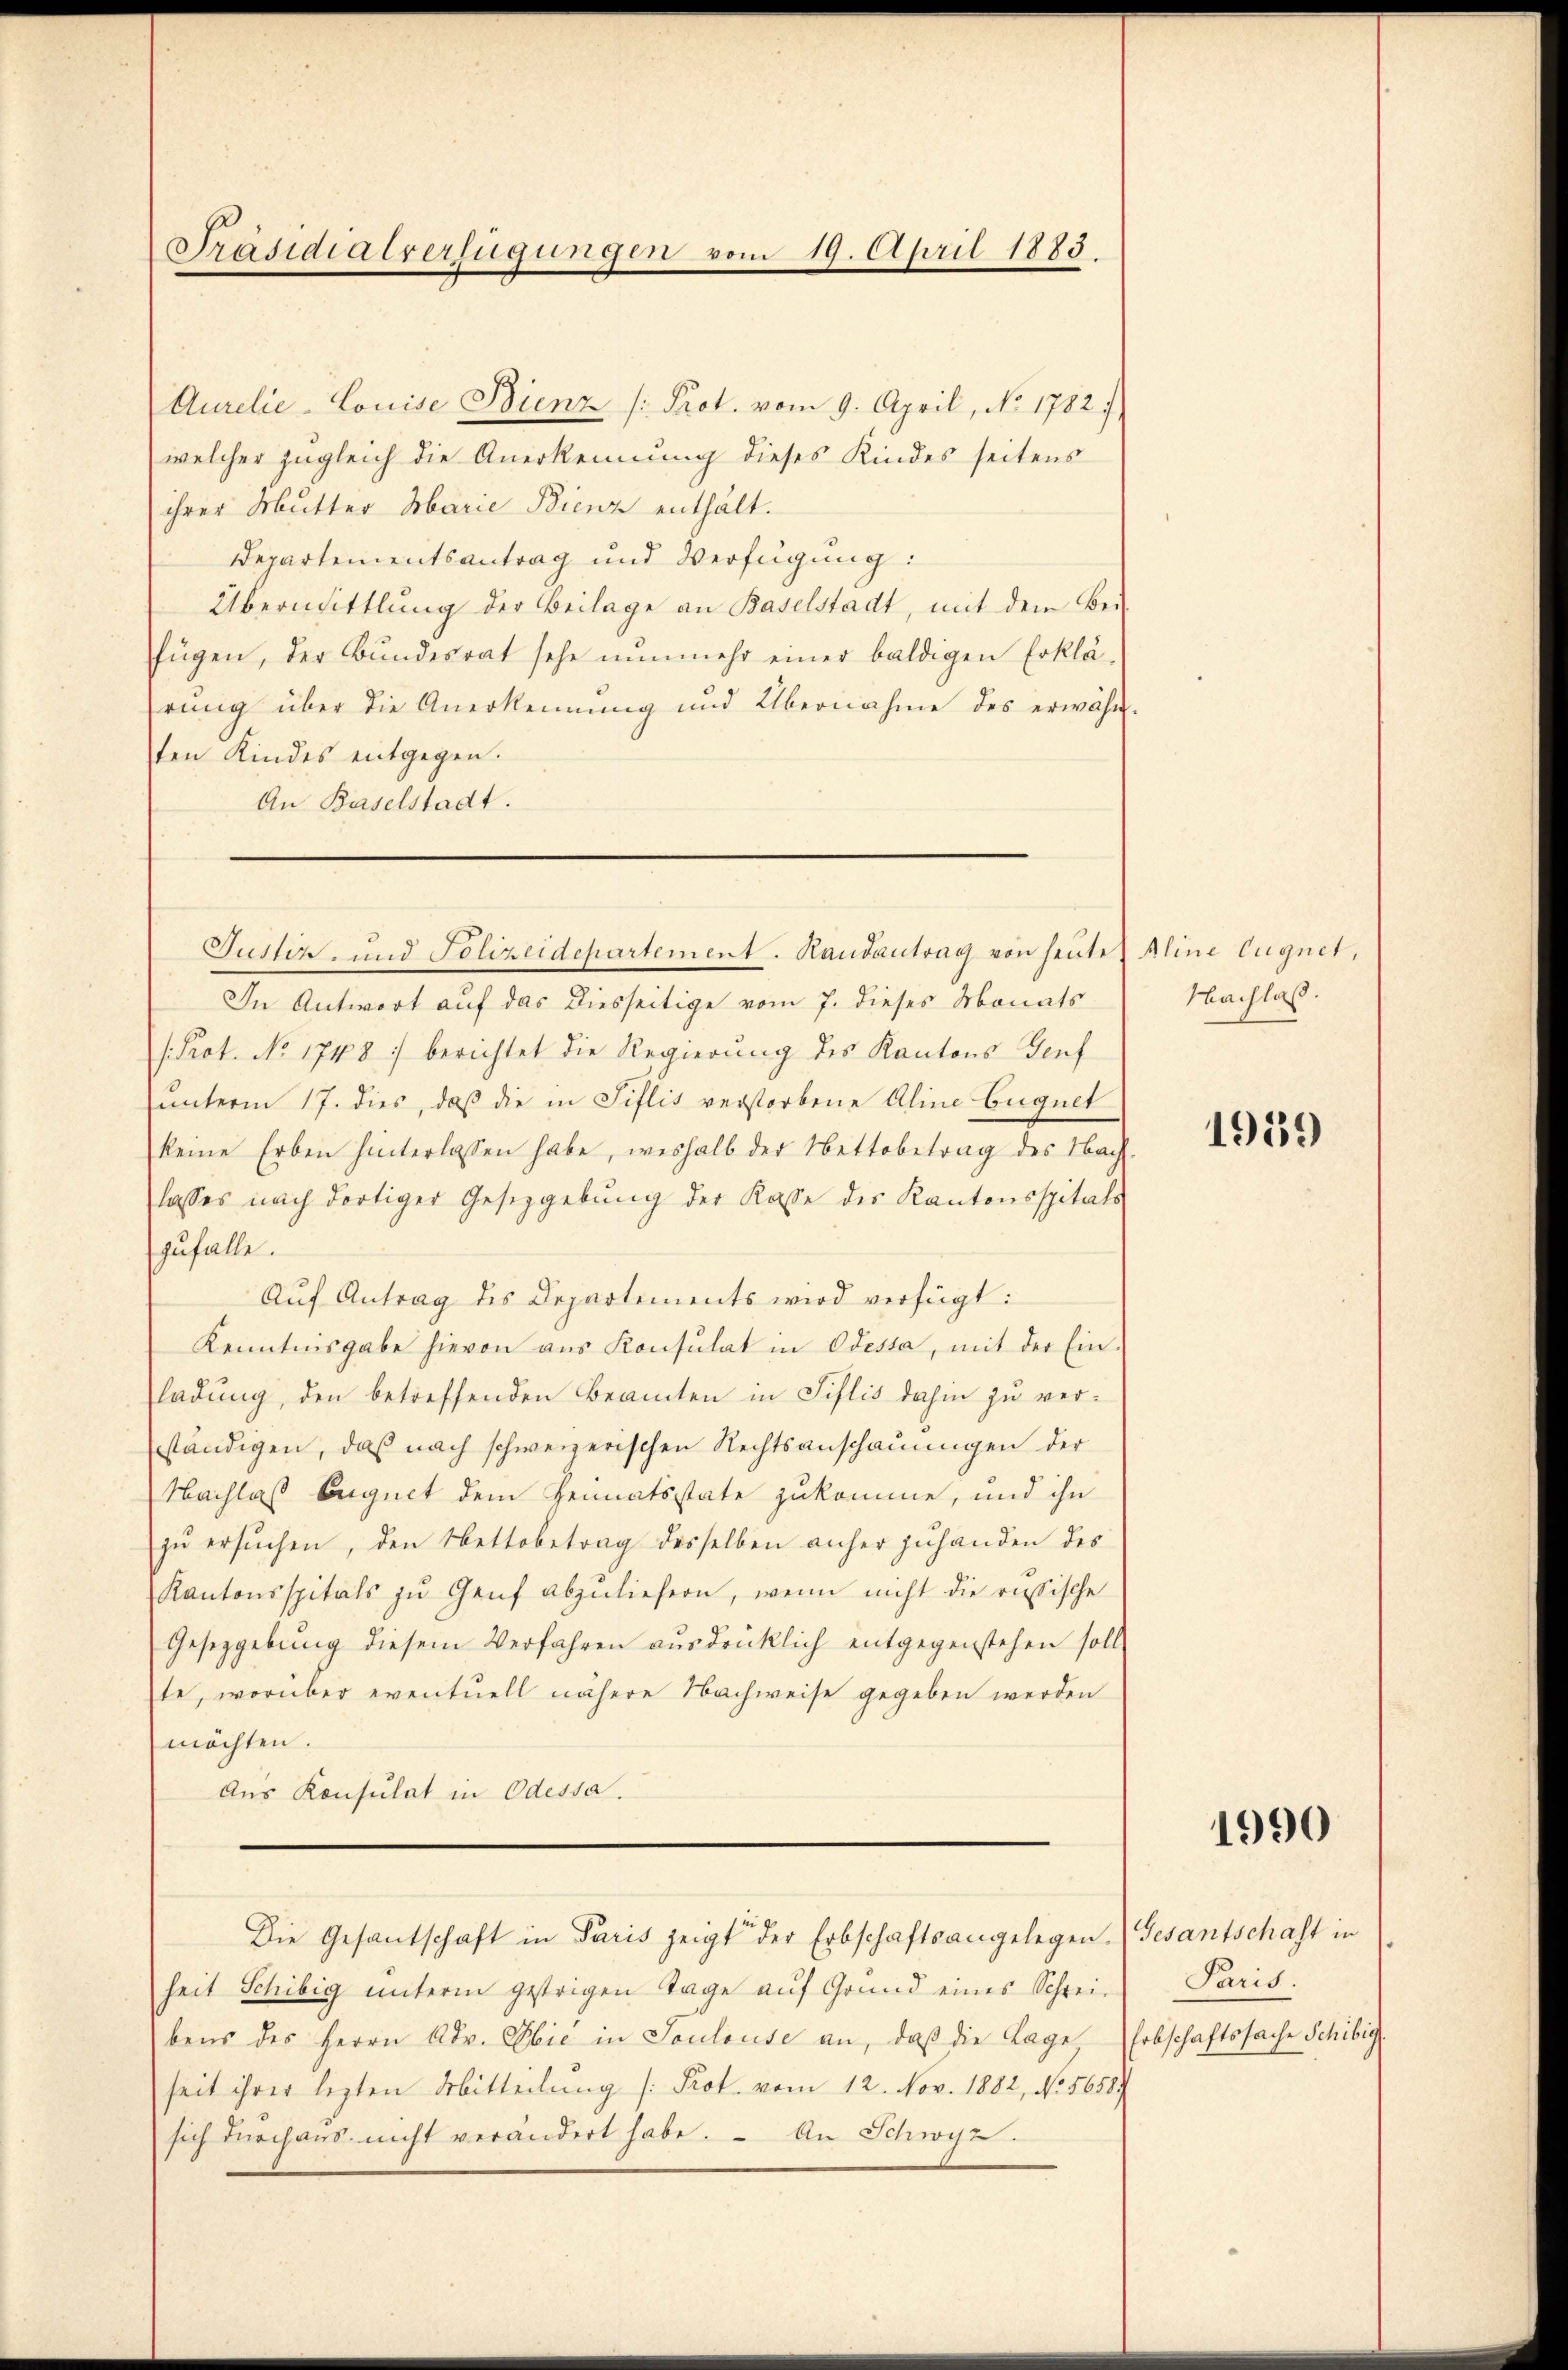
Aurelie-Louise Bienz /: Prot. vom 9. April, No 1782.
welcher zugleich die Anerkennung dieses Kindes seitens
ihrer Mutter Marie Bienz enthält.
Departementsantrag und Verfügung:
Übermittlung der Beilage an Baselstadt, mit dem Bei-
fügen, der Bundesrat sehe nunmehr einer baldigen Erklärung über die Anerkennung und Übernahme des erwähn
ten Kindes entgegen.
An Baselstadt.

Präsidialverfügungen vom 19. April 1883.

In Antwort auf das Diesseitige vom 7. dieses Monats
Prot. No 1748 :/ berichtet die Regierung des Kantons Genf
unterm 17. dies, daß die in Siflis verstorbene Aline Eugnet
keine Erben hinterlassen habe, weshalb der Nettobetrag des Nach
lasses nach dortiger Gesetzgebung der Kasse des Kantonsspitals
zufalle.
Auf Antrag des Departements wird verfügt:
Kenntnisgabe hievon ans Konsulat in Odesta, mit der Ein-
ladung, den betreffenden Beamten in Fislis dahin zu versständigen, daß nach schweizerischen Rechtsanschauungen der
Nachlaß bequet dem Heimatsstate zukomme, und ihn
zŭ ersuchen, den Nettobetrag desselben anher zuhanden des
Kantonsspitals zŭ Genf abzuliefern, wenn nicht die russische
Gesetzgebung diesem Verfahren aŭsdrücklich entgegenstehen soll
te, worüber eventuell nähere Nachweise gegeben werden
möchten.
Aus Konsulat in Odessa.
Die Gesantschaft in Paris zeigt der Erbschaftsangelegen.
heit Schibig unterm gestrigen Tage auf Grund eines Schrei-
bens des Herrn Adv. Obie in Soulouse an, daß die Lage
seit ihrer lezten Mitteilung [Prot. vom 12. Nov. 1882, No. 5658.
sich durchaus nicht verändert habe. - An Schwyz.

Justiz- und Polizeidepartement. Randantrag von heute Aline Eugnet,

Nachlaß.

1939

1990

Gesantschaft in
Paris.
Erbschaftssache Schibig.